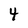
Character: 4